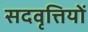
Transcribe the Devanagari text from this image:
सदवृत्तियों